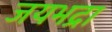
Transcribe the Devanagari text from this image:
जयभद्रा